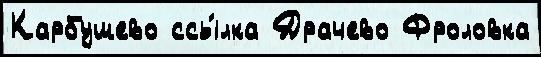
Карбушево ссы́лка Драчево Фроловка